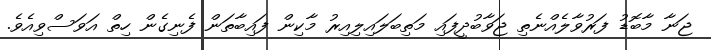
ޖަނާ މާބޮޑު ފަރުވާލެއްނެތި ޖަވާބުދީފައި މަތިބަލައިލިއިރު މާކިން ފައިބާތަން ފެނިގެން ހިތް އަވަސްވިއެވެ.